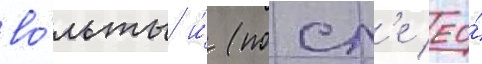
во́льты и́ (посл'е ео́